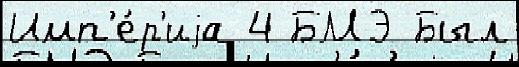
Имп'е́р'иjа 4 БМЭ Был